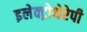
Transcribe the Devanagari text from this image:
इलेक्ट्रोथेरेपी